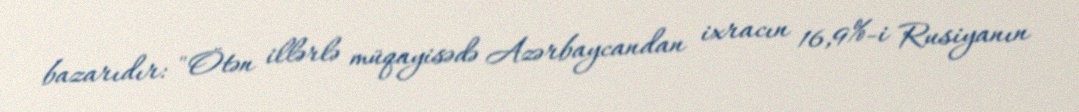
bazarıdır: "Ötən illərlə müqayisədə Azərbaycandan ixracın 16,9%-i Rusiyanın